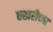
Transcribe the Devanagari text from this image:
बखरीच्या